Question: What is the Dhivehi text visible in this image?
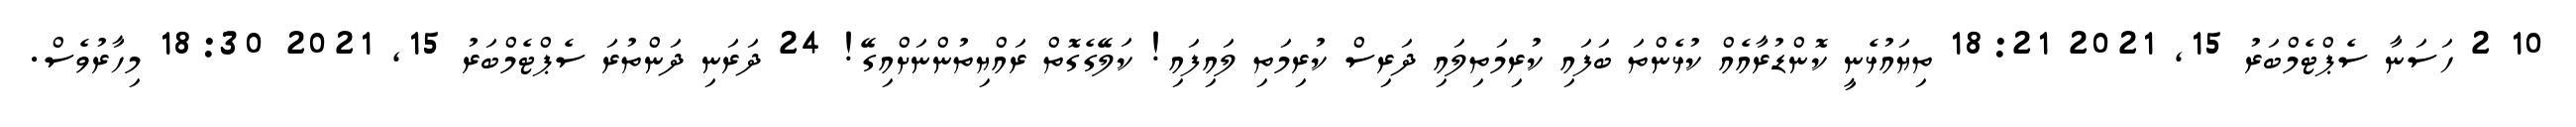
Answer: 10 2 ހަސަނާ ސެޕްޓެމްބަރު 15, 2021 18:21 ތިޔައުޅެނީ ކޮންޑުރާއެއް ކުޅެންތަ ބަފައި ކުރިމަތިލައި ދަރިސް ކުރިމަތި ލައިފައި! ކަލޭގެގޮތް ރައްޔިތުންނަށްއިގޭ! 24 ދަރަނި ދަންތުރަ ސެޕްޓެމްބަރު 15, 2021 18:30 މިހާރުވެސް.